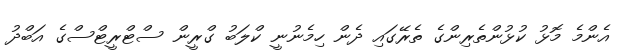
އެންމެ މޮޅު ކުޅުންތެރިންގެ ތެރޭގައި ދެން ހިމެނުނީ ކްލަބު ގްރީން ސްޓްރީޓްސްގެ އަބްދު